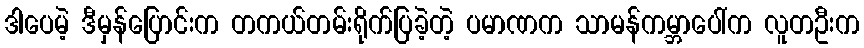
ဒါပေမဲ့ ဒီမှန်ပြောင်းက တကယ်တမ်းရိုက်ပြခဲ့တဲ့ ပမာဏက သာမန်ကမ္ဘာပေါ်က လူတဦးက